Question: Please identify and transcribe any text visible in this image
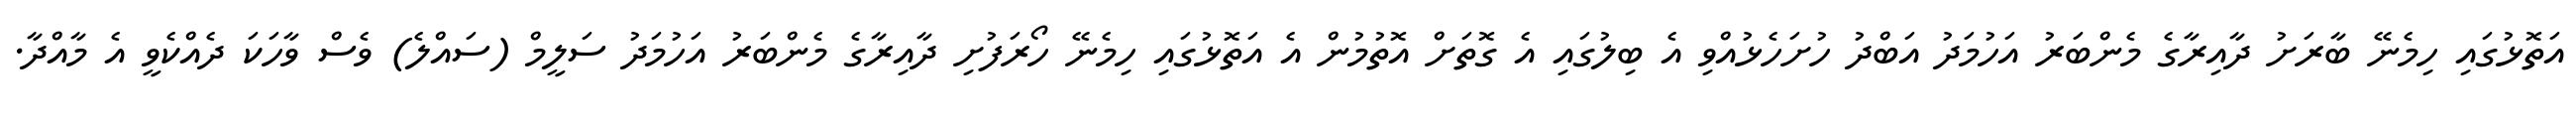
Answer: އަތޮޅުގައި ހިމެނޭ ބާރަށު ދާއިރާގެ މެންބަރު އަހުމަދު އަބްދު ހުށަހެޅުއްވި އެ ބިލުގައި އެ ގޮތަށް އޮތުމުން އެ އަތޮޅުގައި ހިމެނޭ ހޯރަފުށި ދާއިރާގެ މެންބަރު އަހުމަދު ސަލީމް (ސައްލެ) ވެސް ވާހަކަ ދެއްކެވީ އެ މާއްދާ.